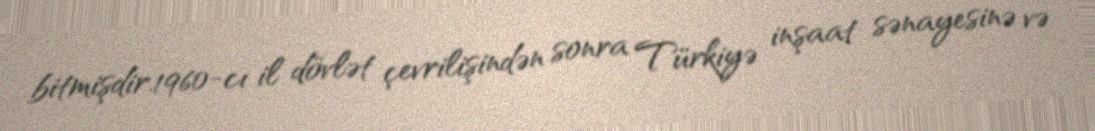
bitmişdir.1960-cı il dövlət çevrilişindən sonra Türkiyə inşaat sənayesinə və